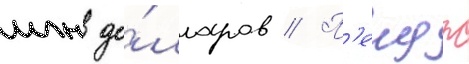
млн до́лларов // П'еидж